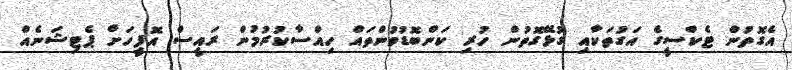
އެގޮތުން ޓެކްސީގެ އަގުތަކާއި ގުޅޭގޮތުން ހުރި ކަންބޮޑުވުންތައް ހިއްސާކުުރުމުން ރައީސް އޮފީހަށް ޕެޓިޝަނެއް